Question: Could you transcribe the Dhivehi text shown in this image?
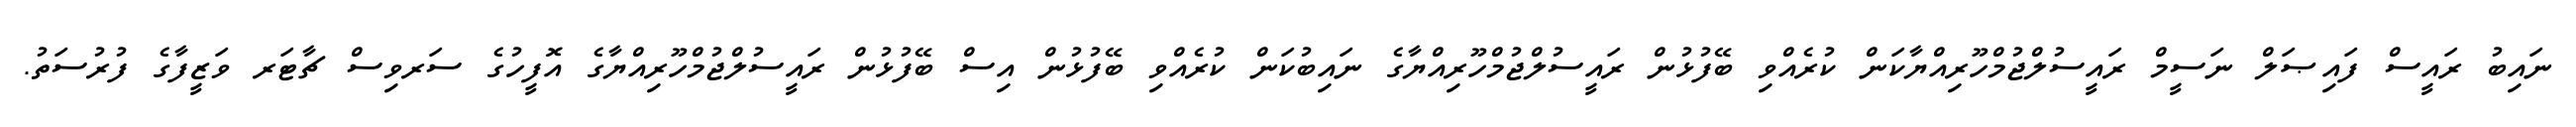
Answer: ނައިބު ރައީސް ފައިޞަލް ނަސީމް ރައީސުލްޖުމްހޫރިއްޔާކަން ކުރެއްވި ބޭފުޅުން ރައީސުލްޖުމްހޫރިއްޔާގެ ނައިބުކަން ކުރެއްވި ބޭފުޅުން އިސް ބޭފުޅުން ރައީސުލްޖުމްހޫރިއްޔާގެ އޮފީހުގެ ސަރވިސް ޗާޓަރ ވަޒީފާގެ ފުރުސަތު.